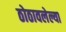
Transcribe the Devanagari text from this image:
ठोठावलेल्या